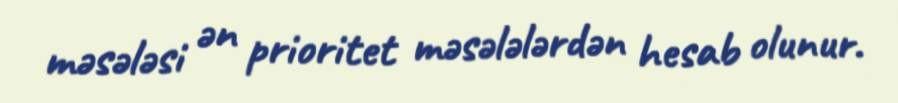
məsələsi ən prioritet məsələlərdən hesab olunur.